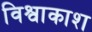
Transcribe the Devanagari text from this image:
विश्वाकाश